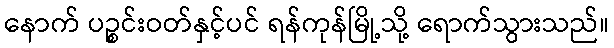
နောက် ပဉ္စင်းဝတ်နှင့်ပင် ရန်ကုန်မြို့သို့ ရောက်သွားသည်။